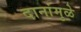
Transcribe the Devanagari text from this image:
दानांमुळे